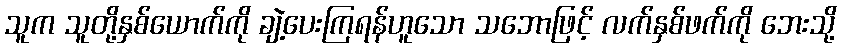
သူက သူတို့နှစ်ယောက်ကို ချဲ့ပေးကြရန်ဟူသော သဘောဖြင့် လက်နှစ်ဖက်ကို ဘေးသို့